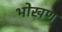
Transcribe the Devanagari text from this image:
भोखण